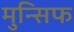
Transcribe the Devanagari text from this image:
मुन्सिफ